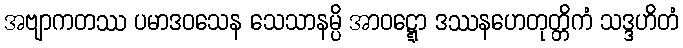
အဗျာကတဿ ပမာဒဝသေန သေသာနမ္ပိ အာဝဋ္ဋော ဒဿနဟေတုတ္တိကံ သဒ္ဒဟိတံ